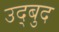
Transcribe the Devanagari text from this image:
उद्बुद